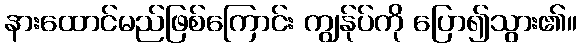
နားထောင်မည်ဖြစ်ကြောင်း ကျွန်ုပ်ကို ပြော၍သွား၏။